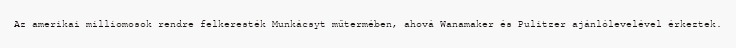
Az amerikai milliomosok rendre felkeresték Munkácsyt műtermében, ahová Wanamaker és Pulitzer ajánlólevelével érkeztek.